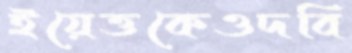
ইয়েত্তকেওদবি